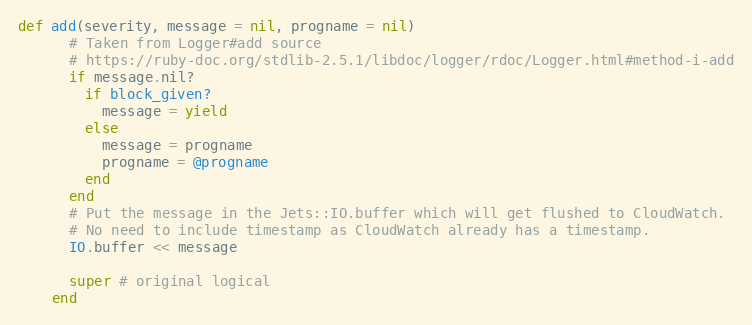
Language: Ruby
def add(severity, message = nil, progname = nil)
      # Taken from Logger#add source
      # https://ruby-doc.org/stdlib-2.5.1/libdoc/logger/rdoc/Logger.html#method-i-add
      if message.nil?
        if block_given?
          message = yield
        else
          message = progname
          progname = @progname
        end
      end
      # Put the message in the Jets::IO.buffer which will get flushed to CloudWatch.
      # No need to include timestamp as CloudWatch already has a timestamp.
      IO.buffer << message

      super # original logical
    end